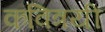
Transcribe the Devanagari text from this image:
कवित्रयी